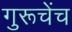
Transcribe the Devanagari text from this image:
गुरूचेंच